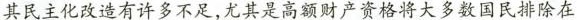
其民主化改造有许多不足，尤其是高额财产资格将大多数国民排除在